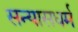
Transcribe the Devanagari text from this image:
सन्यासधर्म